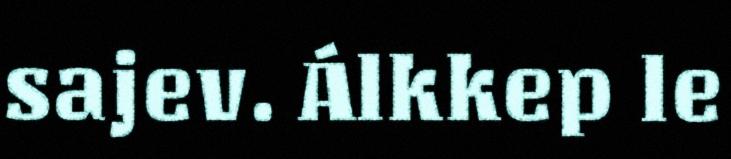
sajev. Álkkep le